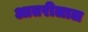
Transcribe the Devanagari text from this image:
आतरीलाल